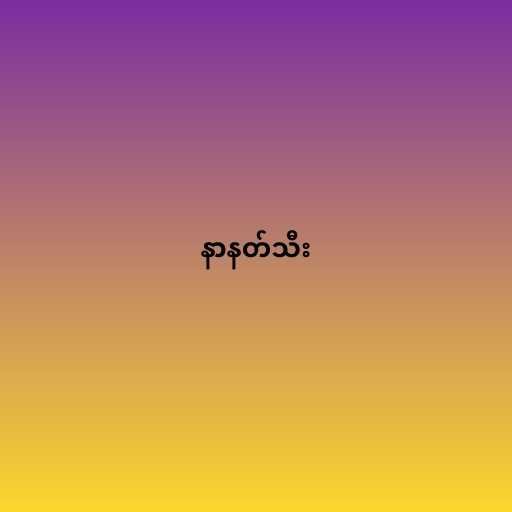
နာနတ်သီး